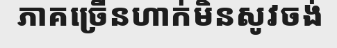
ភាគច្រើនហាក់មិនសូវចង់